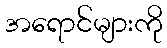
အရောင်များကို